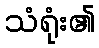
သံရုံး၏